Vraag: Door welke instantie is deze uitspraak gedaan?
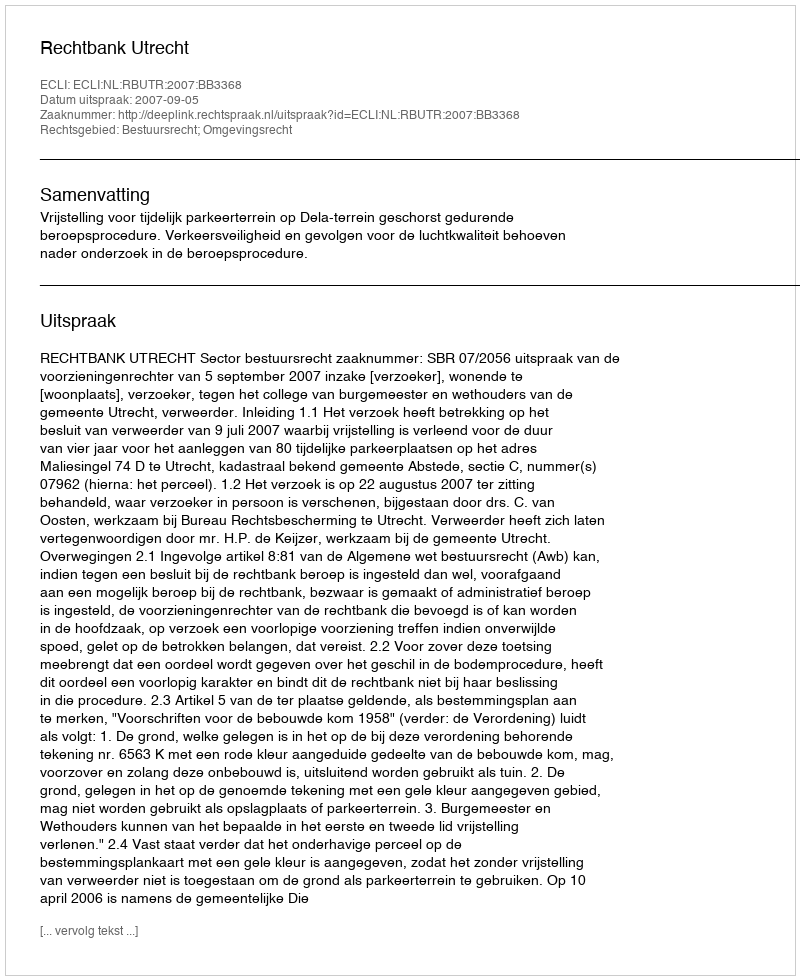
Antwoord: Rechtbank Utrecht